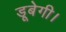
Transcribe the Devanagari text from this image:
डूबेगी।